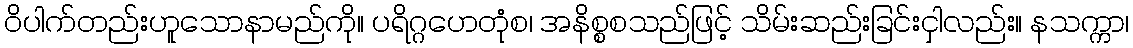
ဝိပါက်တည်းဟူသောနာမည်ကို။ ပရိဂ္ဂဟေတုံစ၊ အနိစ္စစသည်ဖြင့် သိမ်းဆည်းခြင်းငှါလည်း။ နသက္ကာ၊